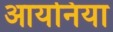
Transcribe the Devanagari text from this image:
आयनिया